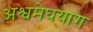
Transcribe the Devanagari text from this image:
अश्वमेघयाग